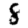
Digit: 8